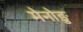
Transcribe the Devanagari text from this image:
मेनोङु